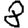
Digit: 8